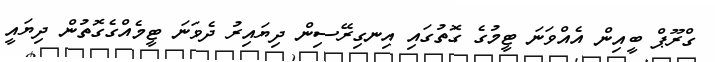
ގްރޫޕް ބީއިން އެއްވަނަ ޓީމުގެ ގޮތުގައި އިނގިރޭސިން ދިޔައިރު ދެވަނަ ޓީމެއްގެގޮތުން ދިޔައީ